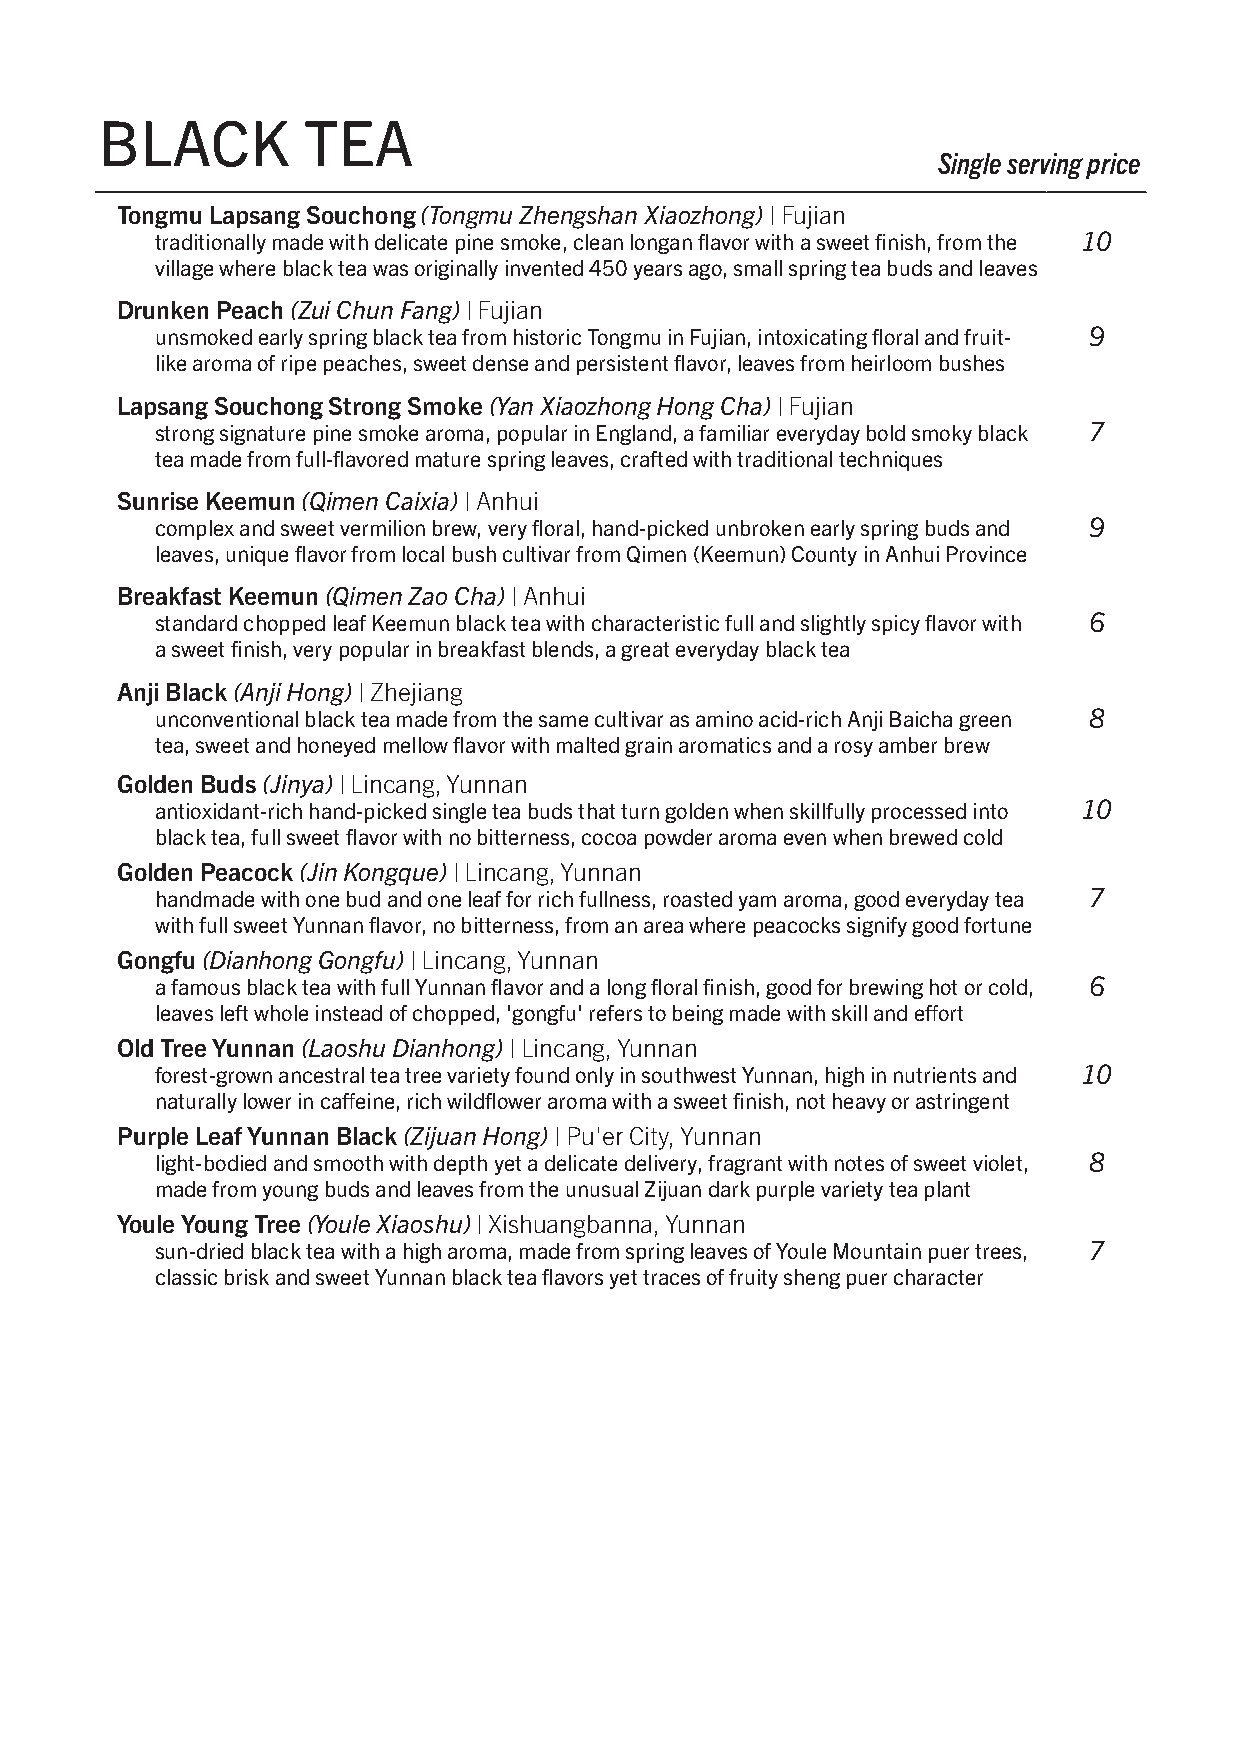
BLACK        TEA
 Single serving price
 Tongmu Lapsang Souchong (Tongmu Zhengshan Xiaozhong) | Fujian
 traditionally made with delicate pine smoke, clean longan flavor with a sweet finish, from the 10
 village where black tea was originally invented 450 years ago, small spring tea buds and leaves
 Drunken Peach (Zui Chun Fang) | Fujian
 unsmoked early spring black tea from historic Tongmu in Fujian, intoxicating floral and fruit- 9
 like aroma of ripe peaches, sweet dense and persistent flavor, leaves from heirloom bushes
 Lapsang Souchong Strong Smoke (Yan Xiaozhong Hong Cha) | Fujian
 strong signature pine smoke aroma, popular in England, a familiar everyday bold smoky black 7
 tea made from full-flavored mature spring leaves, crafted with traditional techniques
 Sunrise Keemun (Qimen Caixia) | Anhui
 complex and sweet vermilion brew, very floral, hand-picked unbroken early spring buds and 9
 leaves, unique flavor from local bush cultivar from Qimen (Keemun) County in Anhui Province
 Breakfast Keemun (Qimen Zao Cha) | Anhui
 standard chopped leaf Keemun black tea with characteristic full and slightly spicy flavor with 6
 a sweet finish, very popular in breakfast blends, a great everyday black tea
 Anji Black (Anji Hong) | Zhejiang
 unconventional black tea made from the same cultivar as amino acid-rich Anji Baicha green 8
 tea, sweet and honeyed mellow flavor with malted grain aromatics and a rosy amber brew
 Golden Buds (Jinya) | Lincang, Yunnan
 antioxidant-rich hand-picked single tea buds that turn golden when skillfully processed into 10
 black tea, full sweet flavor with no bitterness, cocoa powder aroma even when brewed cold
 Golden Peacock (Jin Kongque) | Lincang, Yunnan
 handmade with one bud and one leaf for rich fullness, roasted yam aroma, good everyday tea 7
 with full sweet Yunnan flavor, no bitterness, from an area where peacocks signify good fortune
 Gongfu (Dianhong Gongfu) | Lincang, Yunnan
 a famous black tea with full Yunnan flavor and a long floral finish, good for brewing hot or cold, 6
 leaves left whole instead of chopped, 'gongfu' refers to being made with skill and effort
 Old Tree Yunnan (Laoshu Dianhong) | Lincang, Yunnan
 forest-grown ancestral tea tree variety found only in southwest Yunnan, high in nutrients and 10
 naturally lower in caffeine, rich wildflower aroma with a sweet finish, not heavy or astringent
 Purple Leaf Yunnan Black (Zijuan Hong) | Pu'er City, Yunnan
 light-bodied and smooth with depth yet a delicate delivery, fragrant with notes of sweet violet, 8
 made from young buds and leaves from the unusual Zijuan dark purple variety tea plant
 Youle Young Tree (Youle Xiaoshu) | Xishuangbanna, Yunnan
 sun-dried black tea with a high aroma, made from spring leaves of Youle Mountain puer trees, 7
 classic brisk and sweet Yunnan black tea flavors yet traces of fruity sheng puer character